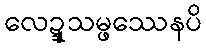
လေဍ္ဍုသမ္ဖဿေနပိ